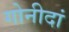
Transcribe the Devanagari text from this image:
गोनीदां